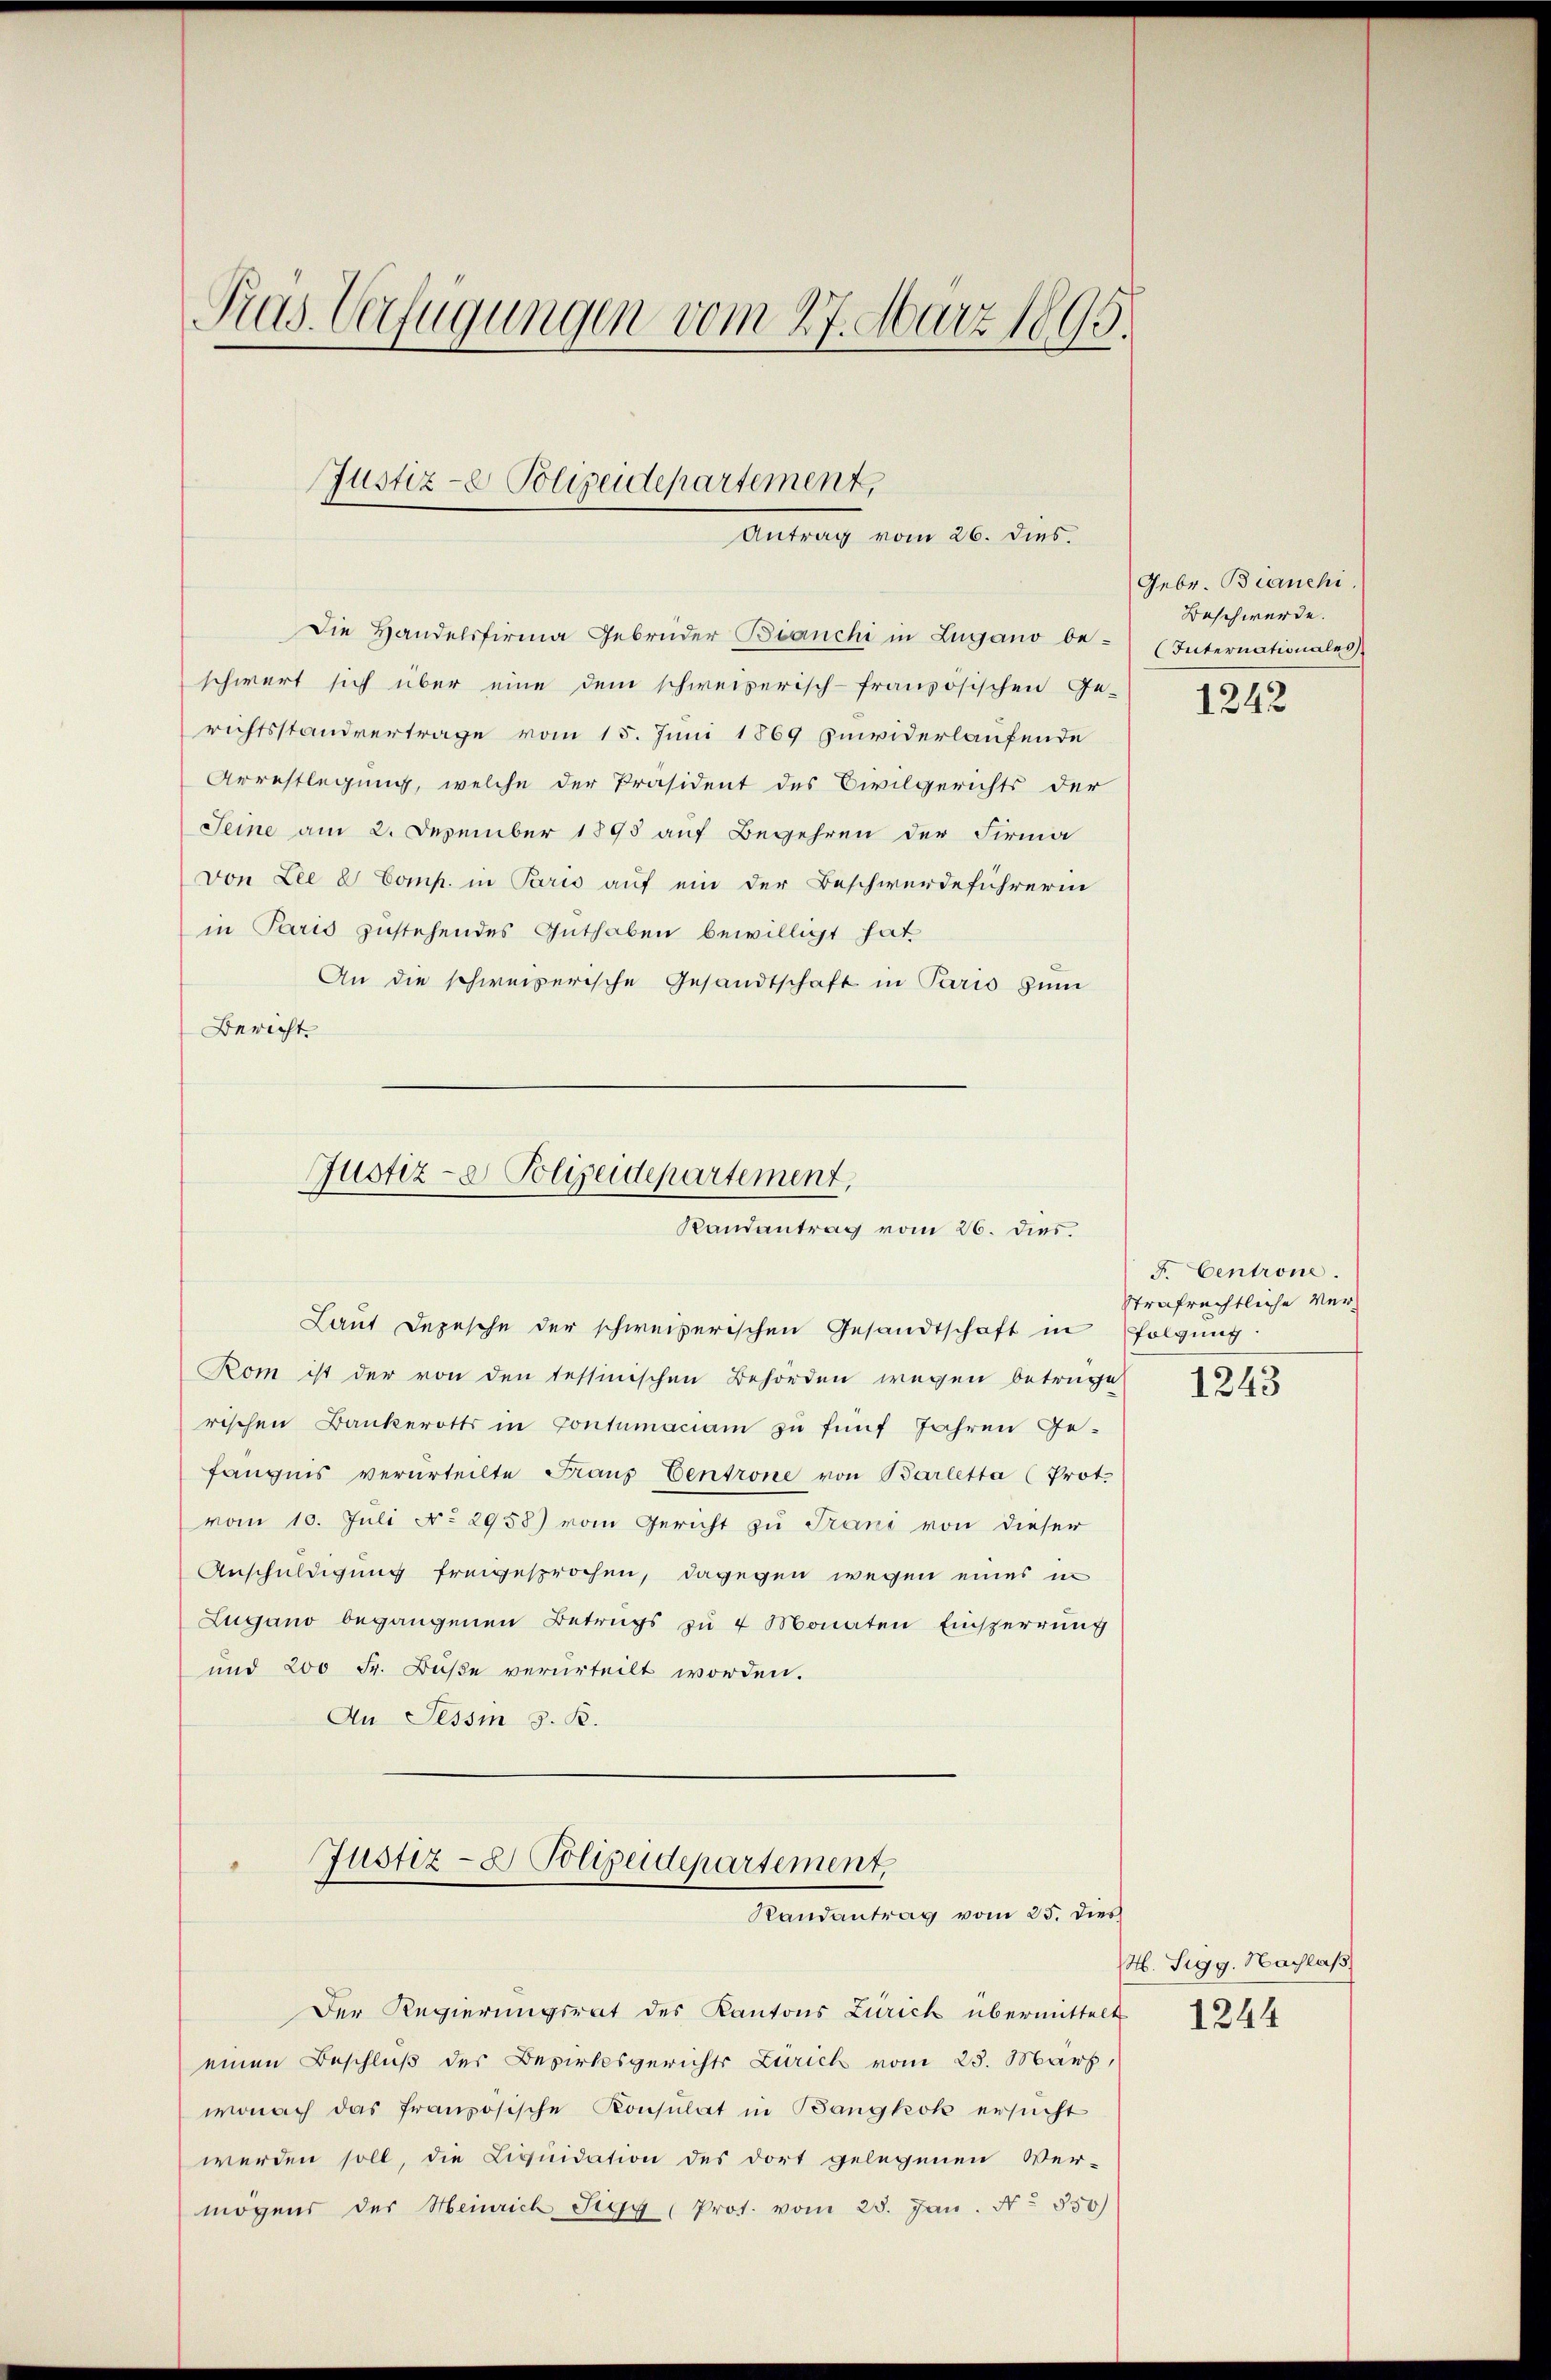
Pras. Verfügungen vom 27. März 1895.
Justiz- Polizeidepartement,

Antrag vom 26. dies.

Die Handelsfirma Gebrüder Bianchi in Lugano be-
schwert sich über eine dem schweizerisch-französischen Ge-
richtsstandvertrage vom 15. Juni 1869 zuwiderlaufende
Arrestlegung, welche der Präsident des Civilgerichts der
Seine am 2. Dezember 1895 auf Begehren der Firma
von Lee & Comp. in Paris auf ein der Beschwerdeführerin
in Paris zustehendes Guthaben bewilligt hat
An die schweizerische Gesandtschaft in Paris zum
Bericht.

Justiz- & Polizeidepartement,
Randantrag vom 26. dies.

Laut Depesche der schweizerischen Gesandtschaft in folgung
Rom ist der von den Tessinischen Behörden wegen betrüge
rischen Bankerotts in Contumaciam zu fünf Jahren Ge-
fängnis verurteilte Fraŭs Centrone von Barletta (Prot.
vom 10. Juli No 2958) vom Gericht zu Trani von dieser
Anschuldigung freigesprochen, dagegen wegen eines in
Lugano begangenen Betrugs zu 4 Monaten Einsperrung
und 200 Fr. Buße verurteilt worden.
An Tessin z. B.
Justiz- & Polizeidepartement
“
Randantrag vom 25. dies
Der Regierungsrat des Kantons Zürick übermittelt
einen Beschluß des Bezirksgerichts Zürich vom 25. März,
wonach das französische Konsulat in Bangkok ersucht
werden soll, die Liquidation des dort gelegenen Wer-
mögens des Heinrich Sigg (Prot. vom 28. Jan. No. 550)

Gebr. Bianchi
Beschwerde.
(Internationales

1242

F. Centrone.
Strafrechtliche Ver¬
1243

H. Sigg. Nachlaß

1244